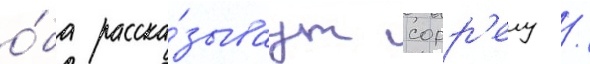
о́ба расска́зываут сорр'елу /